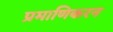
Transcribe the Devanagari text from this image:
प्रमाणिकरन